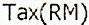
TAX(RM)